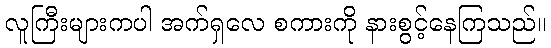
လူကြီးများကပါ အက်ရှလေ စကားကို နားစွင့်နေကြသည်။